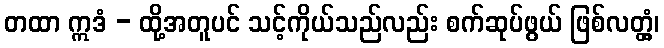
တထာ ဣဒံ - ထို့အတူပင် သင့်ကိုယ်သည်လည်း စက်ဆုပ်ဖွယ် ဖြစ်လတ္တံ့၊